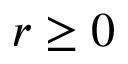
r \ge 0